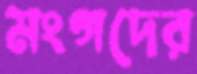
মংগদের